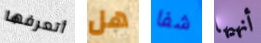
أتعرفها هل شفا أنهيها